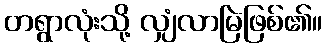
တရွာလုံးသို့ လျှံလာမြဲဖြစ်၏။